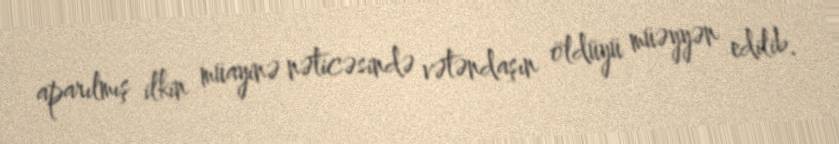
aparılmış ilkin müayinə nəticəsində vətəndaşın öldüyü müəyyən edilib.